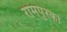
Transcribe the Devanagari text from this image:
रामपुरका